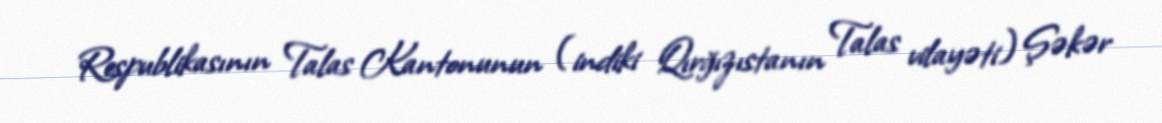
Respublikasının Talas Kantonunun (indiki Qırğızıstanın Talas vilayəti) Şəkər